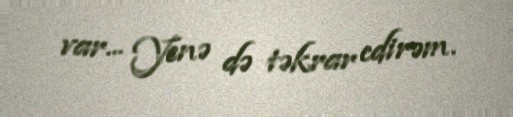
var... Yenə də təkrar edirəm.